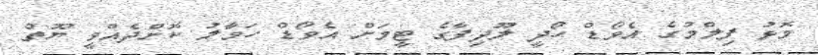
މޮޅު ފިލްމުގެ އެވޯޑް ހޯދީ ލޫދިފާގެ ޓީމަށް އެވޯޑް ހަވާލު ކޮށްދެއްވީ ޔޫތް